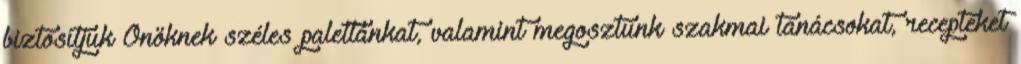
biztosítjuk Önöknek széles palettánkat, valamint megosztunk szakmai tanácsokat, recepteket